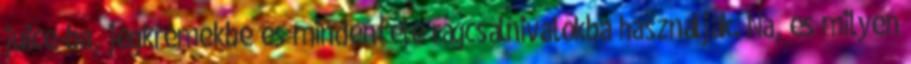
juice-ba, jégkrémekbe és mindenféle rágcsálnivalókba használják. Na, és milyen